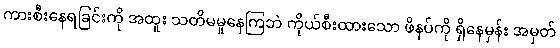
ကားစီးနေရခြင်းကို အထူး သတိမမူနေကြဘဲ ကိုယ်စီးထားသော ဖိနပ်ကို ရှိနေမှန်း အမှတ်